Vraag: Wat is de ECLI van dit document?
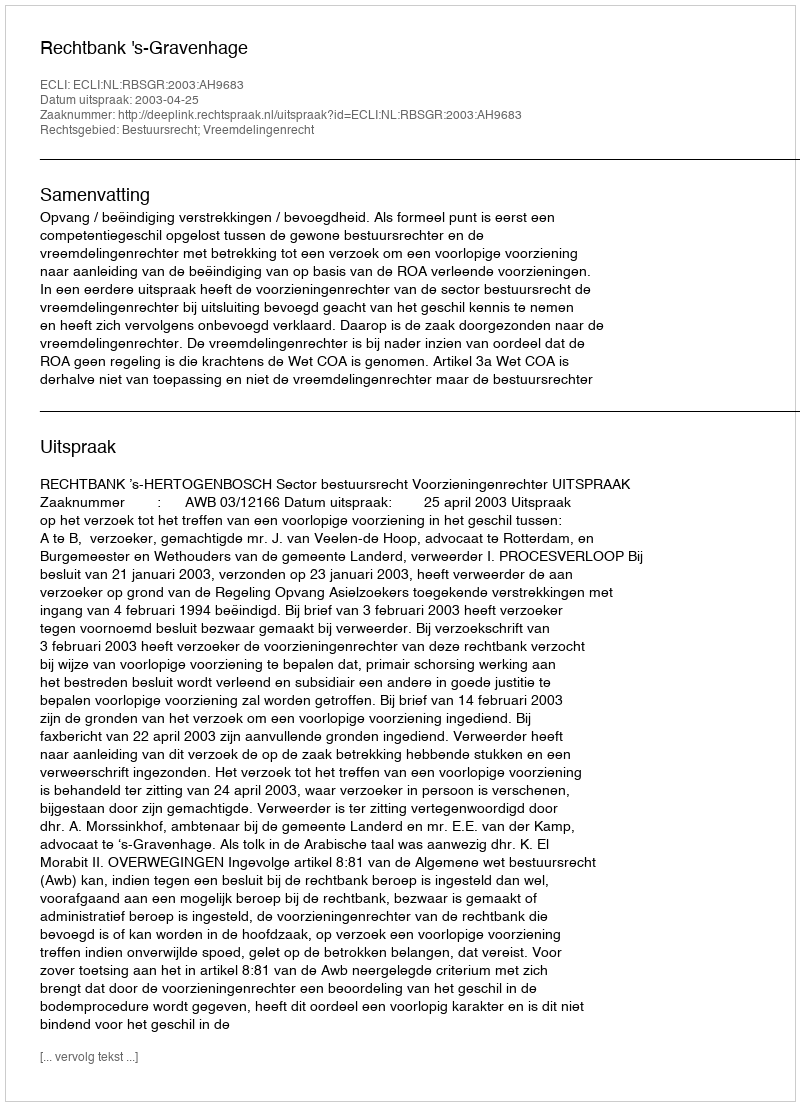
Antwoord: ECLI:NL:RBSGR:2003:AH9683